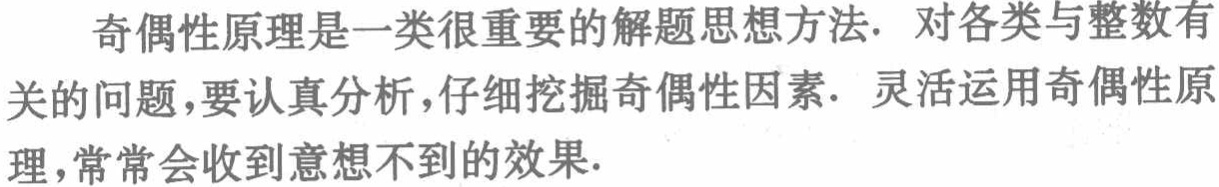
奇偶性原理是一类很重要的解题思想方法. 对各类与整数有关的问题，要认真分析，仔细挖掘奇偶性因素. 灵活运用奇偶性原理，常常会收到意想不到的效果.